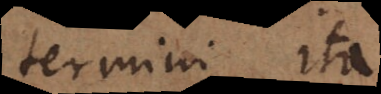
Termini ita